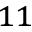
_ { 1 1 }